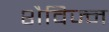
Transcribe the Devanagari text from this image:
शैविज्म